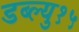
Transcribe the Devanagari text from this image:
डब्ल्यु१५